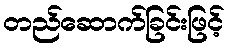
တည်ဆောက်ခြင်းဖြင့်